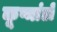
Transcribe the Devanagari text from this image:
कूष्मांडों